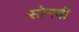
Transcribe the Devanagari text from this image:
सोनवी